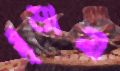
মৃড়ানী